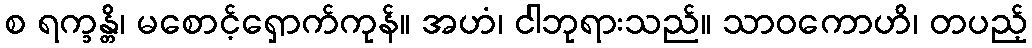
စ ရက္ခန္တိ၊ မစောင့်ရှောက်ကုန်။ အဟံ၊ ငါဘုရားသည်။ သာဝကောဟိ၊ တပည့်